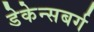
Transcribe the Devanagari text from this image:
डेकेन्सबर्ग